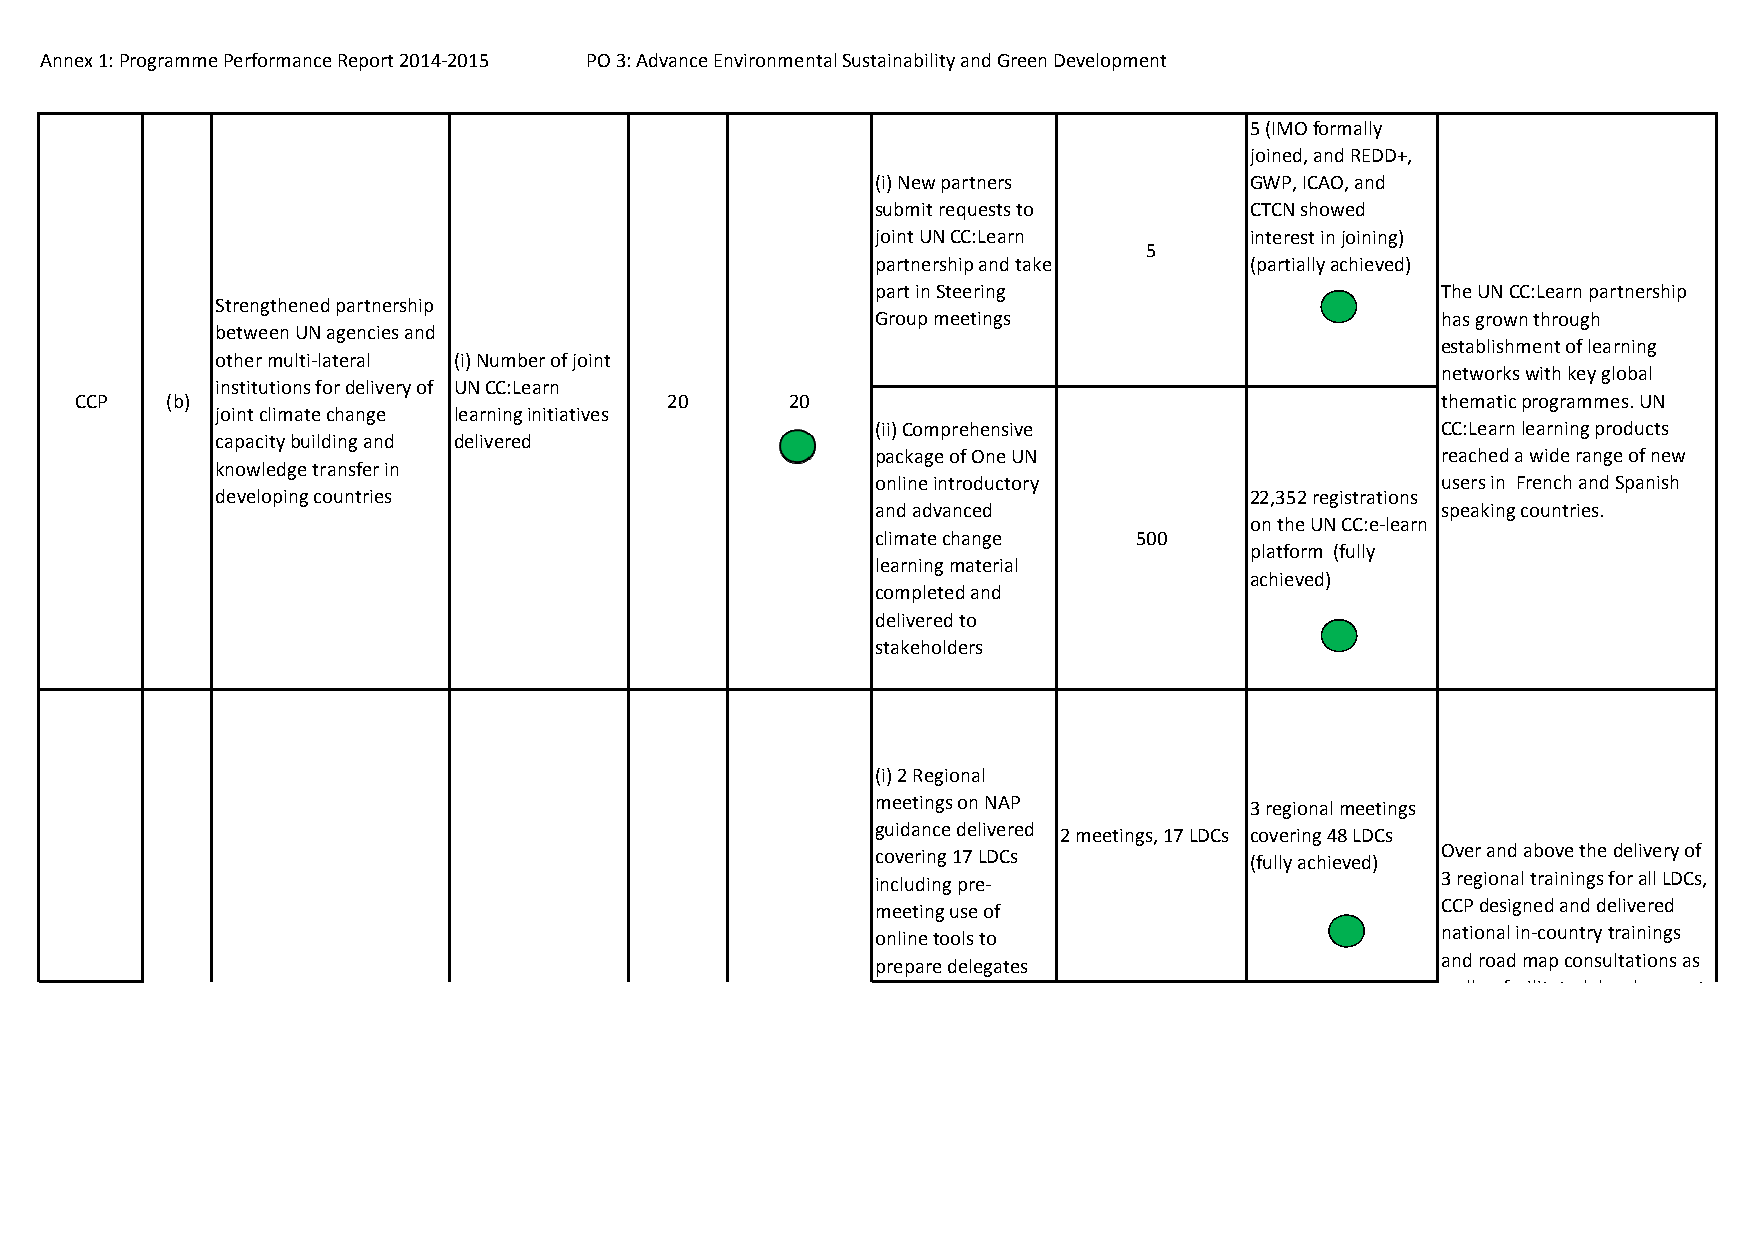
Annex 1: Programme Performance Report 2014‐2015 PO 3: Advance Environmental Sustainability and Green Development
 5 (IMO formally
 joined, and REDD+,
 (i) New partners         GWP, ICAO, and
 submit requests to       CTCN showed
 joint UN CC:Learn        interest in joining)
 5
 partnership and take     (partially achieved)
 part in Steering                     The UN CC:Learn partnership
 Strengthened partnership
 Group meetings                       has grown through
 between UN agencies and
 establishment of learning
 other multi‐lateral (i) Number of joint
 networks with key global
 institutions for delivery of UN CC:Learn
 CCP   (b)                              20      20                                         thematic programmes. UN
 joint climate change learning initiatives
 (ii) Comprehensive                   CC:Learn learning products
 capacity building and delivered
 package of One UN                    reached a wide range of new
 knowledge transfer in
 online introductory                  users in French and Spanish
 developing countries                                                 22,352 registrations
 and advanced                         speaking countries.
 on the UN CC:e‐learn
 climate change   500
 platform (fully
 learning material
 achieved)
 completed and
 delivered to
 stakeholders
 (i) 2 Regional
 meetings on NAP          3 regional meetings
 guidance delivered 2 meetings, 17 LDCs covering 48 LDCs
 covering 17 LDCs         (fully achieved) Over and above the delivery of
 including pre‐                       3 regional trainings for all LDCs,
 meeting use of                       CCP designed and delivered
 online tools to                      national in‐country trainings
 prepare delegates                    and road map consultations as
 ll f ilit t dd l t